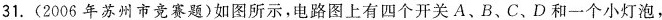
31.(2006年苏州市竞赛题)如图所示，电路图上有四个开关A、B、C、D和一个小灯泡，